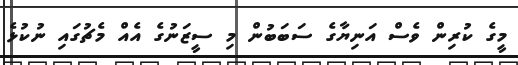
މީގެ ކުރިން ވެސް އަނިޔާގެ ސަބަބުން މި ސީޒަނުގެ އެއް މެޗުގައި ނުކުޅެ